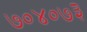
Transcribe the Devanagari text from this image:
७०४०७३